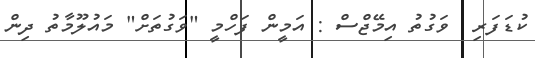
ކުޑަފަރި  ވަގުތު އިމޭޖްސް : އަމީން ފަހްމީ "ވަގުތަށް" މައުލޫމާތު ދިން